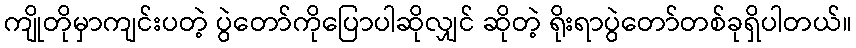
ကျိုတိုမှာကျင်းပတဲ့ ပွဲတော်ကိုပြောပါဆိုလျှင် ဆိုတဲ့ ရိုးရာပွဲတော်တစ်ခုရှိပါတယ်။